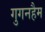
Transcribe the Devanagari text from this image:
गुगनहैम